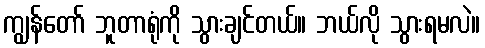
ကျွန်တော် ဘူတာရုံကို သွားချင်တယ်။ ဘယ်လို သွားရမလဲ။